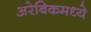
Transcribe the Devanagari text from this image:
अरेबिकमध्ये